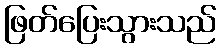
ဖြတ်ပြေးသွားသည်